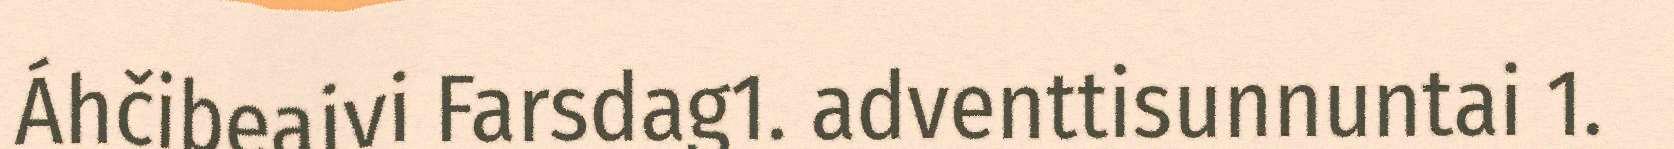
Áhčibeaivi Farsdag1. adventtisunnuntai 1.